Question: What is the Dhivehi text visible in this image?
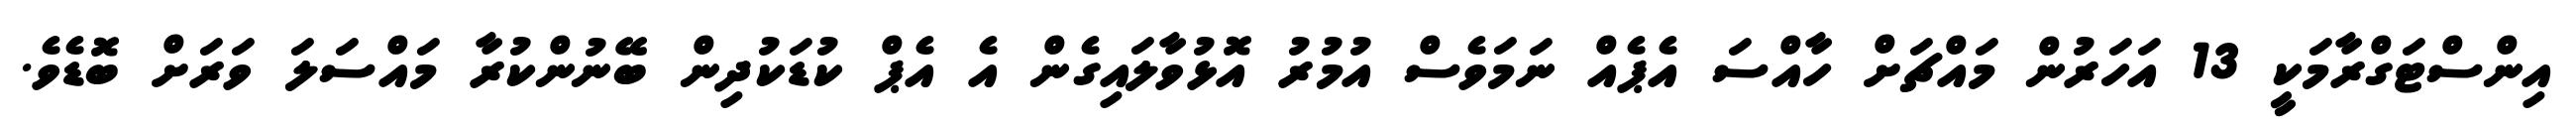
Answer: އިންސްޓަގްރާމަކީ 13 އަހަރުން މައްޗަށް ހާއްސަ އެޕެއް ނަމަވެސް އުމުރު އޮޅުވާލައިގެން އެ އެޕް ކުޑަކުދިން ބޭނުންކުރާ މައްސަލަ ވަރަށް ބޮޑެވެ.